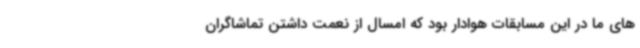
های ما در این مسابقات هوادار بود که امسال از نعمت داشتن تماشاگران